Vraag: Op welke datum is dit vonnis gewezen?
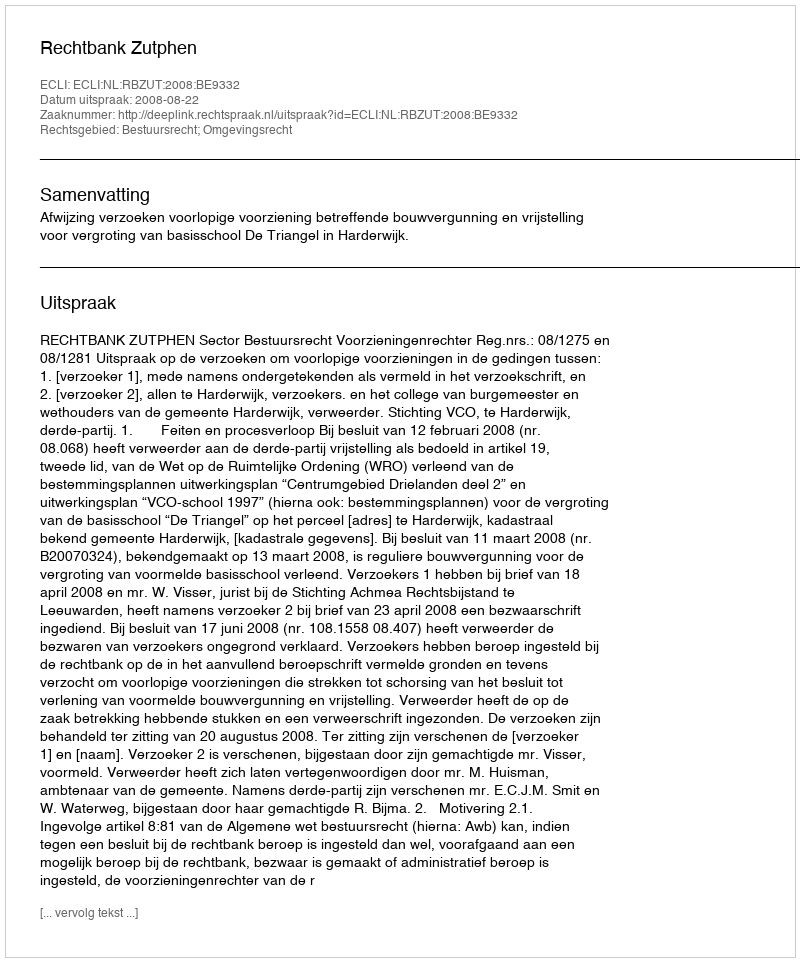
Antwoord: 2008-08-22